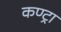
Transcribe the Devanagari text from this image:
कण्ट्रा